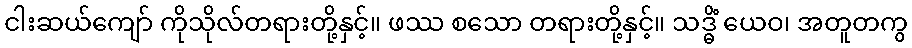
ငါးဆယ်ကျော် ကိုသိုလ်တရားတို့နှင့်။ ဖဿ စသော တရားတို့နှင့်။ သဒ္ဓိံ ယေဝ၊ အတူတကွ